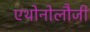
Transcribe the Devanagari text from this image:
एथोनोलौजी